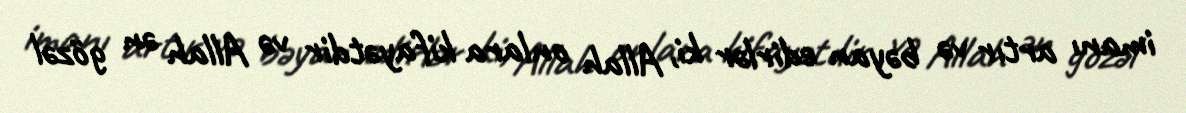
imanı artır və bəyan edirlər ki, Allah onlara kifayətdir və Allah ən gözəl